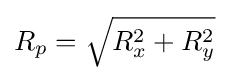
R_{p}={\sqrt {R_{x}^{2}+R_{y}^{2}}}